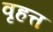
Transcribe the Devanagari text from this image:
वृहत्त